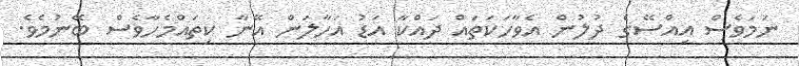
ނަމަވެސް އިއްސޭގެ ދުލުން އެވާހަކަތައް ދައްކާ އަޑު އަހާލަން އޭނާ ކިތައްމެހާވެސް ބޭނުމެވެ.